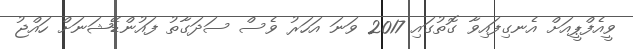
ވީއެފްޕީއަށް އެނގިފައިވާ ގޮތުގައި 2017 ވަނަ އަހަރު ވެސް ސަދަގާތު ފައުންޑޭޝަނަށް ހައްޖު